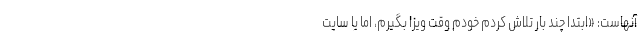
آنهاست: «ابتدا چند بار تلاش کردم خودم وقت ویزا بگیرم، اما یا سایت